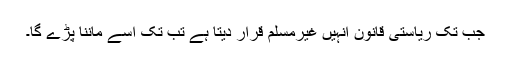
جب تک ریاستی قانون انہیں غیرمسلم قرار دیتا ہے تب تک اسے ماننا پڑے گا۔